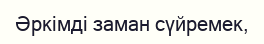
Әркімді заман сүйремек,